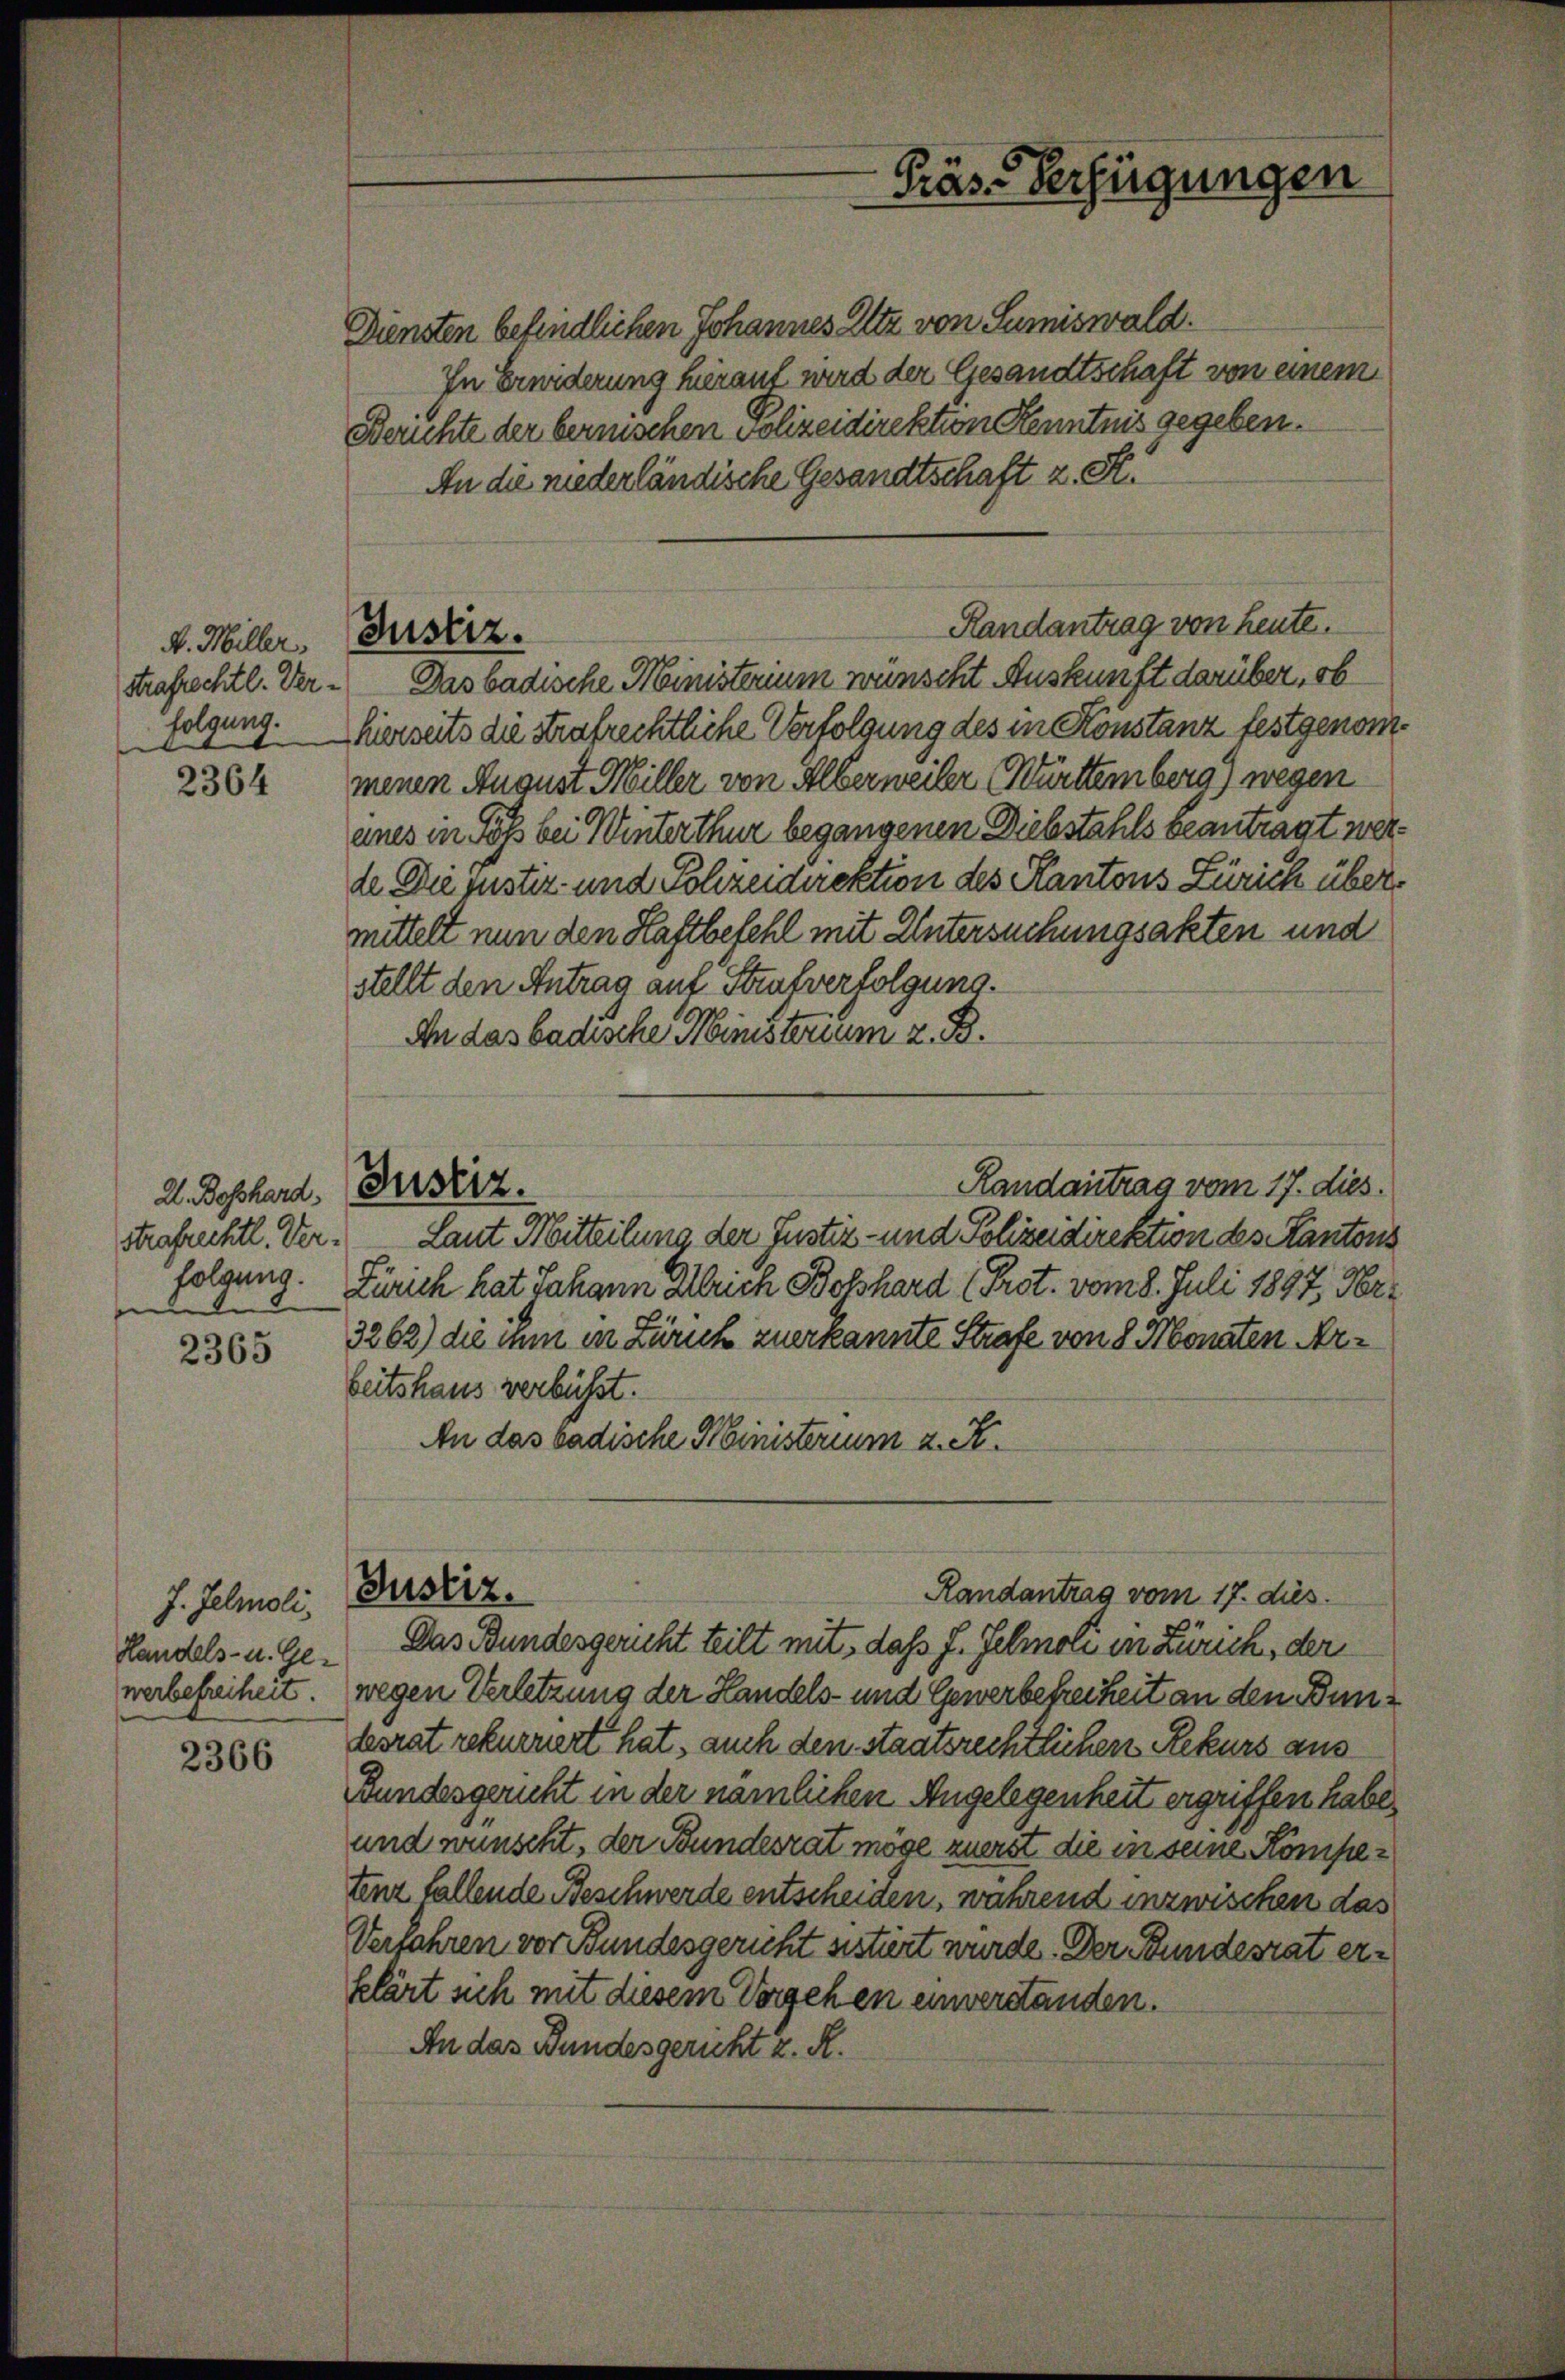
A. Miller,
strafrechtl. Verfolgung.

2364

2365

2366

Strafrechtl. Ver¬

J. Jelmoli,
Handels- u. Gewerbefreiheit.

Justiz.

Diensten befindlichen Johannes Altz von Sumiswald.
In Erwiderung hierauf wird der Gesandtschaft von einem
Berichte der bernischen Polizeidirektion Kenntnis gegeben.
An die niederländische Gesandtschaft z. St.
Randantrag von heute.
Das badische Ministerium wünscht Auskunft darüber, ob
hierseits die Strafrechtliche Verfolgung des in Konstanz festgenom
menen August Miller von Alberweiler Württemberg) wegen
eines in Töß bei Winterthur begangenen Diebstahls beantragt wer
de Die justiz- und Schreidirektion des Kantons Zürich über.
mittelt nun den Haftbefehl mit Untersuchungsakten und
stellt den Antrag auf Stralverfolgung.
An das badische Ministerium z. B.
Randantrag vom 17. dies.
2. Boßhard, Justiz.
Laut Mitteilung der Justiz- und Polizeidirektion des Kantons
folgung. Zürich hat Johann Alleich Boßhard (Prot. vom 8. Juli 1897, Ver¬
3262) die ihm in Zürich zuerkannte Strafe von 8 Monaten Arbeitshaus verbüsst.
An das badische Ministerium 2. A.
Justiz.
Randantrag vom 17. dies
Das Bundesgericht teilt mit, dass J. Schmoli in Zürich, der
wegen Verletzung der Handels- und Gewerbetreiheit an den Bundesrat rekurriert hat, auch den staatsrechtlichen Rekurs aus
Bundesgericht in der nämlichen Angelegenheit ergriffen habe.
und wünscht, der Bundesrat möge zuerst die in seine Kompetenz fallende Beschwerde entscheiden, während inzwischen das
Verfahren vor Bundesgericht sistiert würde. Der Bundesrat erklärt sich mit diesem Vorgehen einverstanden.
An das Bundesgericht z. R.

Präs. Verfügungen